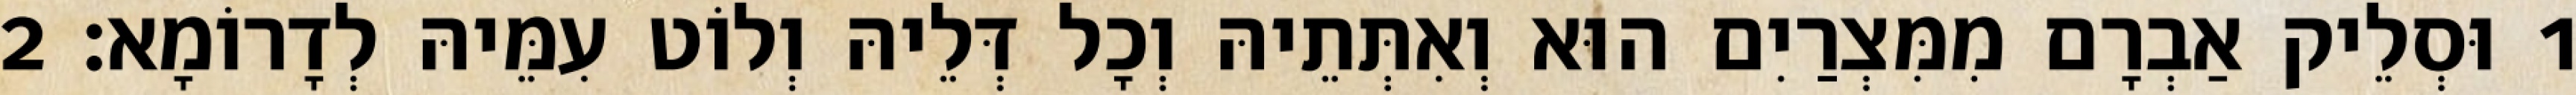
1 וּסְלֵיק אַבְרָם מִמִּצְרַיִם הוּא וְאִתְּתֵיהּ וְכָל דְּלֵיהּ וְלוֹט עִמֵּיהּ לְדָרוֹמָא׃ 2